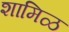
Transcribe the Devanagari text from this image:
शामिळ